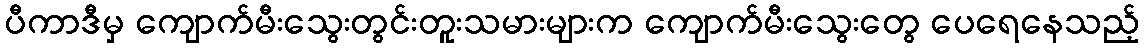
ပီကာဒီမှ ကျောက်မီးသွေးတွင်းတူးသမားများက ကျောက်မီးသွေးတွေ ပေရေနေသည့်